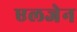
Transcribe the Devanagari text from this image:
एलजेन